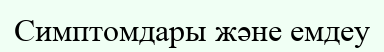
Симптомдары және емдеу